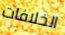
الخلافات